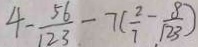
4 - \frac { 5 6 } { 1 2 3 } - 7 ( \frac { 2 } { 7 } - \frac { 8 } { 1 2 3 } )